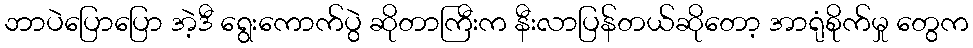
ဘာပဲပြောပြော အဲ့ဒီ ရွေးကောက်ပွဲ ဆိုတာကြီးက နီးလာပြန်တယ်ဆိုတော့ အာရုံစိုက်မှု တွေက